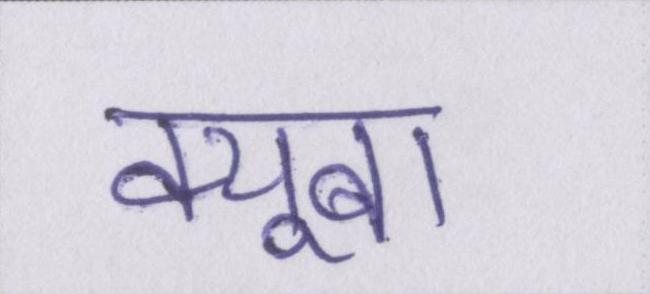
क्यूबा